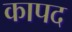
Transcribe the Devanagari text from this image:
कापद